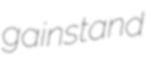
gainstand